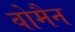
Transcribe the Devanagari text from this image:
वोमैन